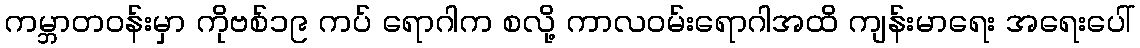
ကမ္ဘာတဝန်းမှာ ကိုဗစ်၁၉ ကပ် ရောဂါက စလို့ ကာလဝမ်းရောဂါအထိ ကျန်းမာရေး အရေးပေါ်